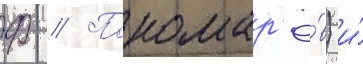
Ф // Пономар'ё́в) и́